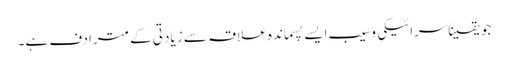
جو یقیناًسرائیکی وسیب ایسے پسماندہ علاقہ سے زیادتی کے مترادف ہے۔